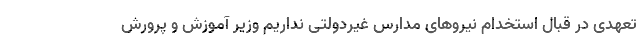
تعهدی در قبال استخدام نیروهای مدارس غیردولتی نداریم وزیر آموزش و پرورش